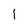
Character: l